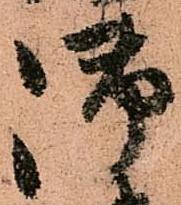
御